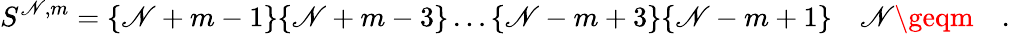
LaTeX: S^{\mathscr{N},m}=\{ \mathscr{N}+m-1\} \{ \mathscr{N}+m-3\} \dots\{ \mathscr{N}-m+3\} \{ \mathscr{N}-m+1\} \quad\mathscr{N}\geqm\quad.